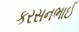
કરસનભાઈ